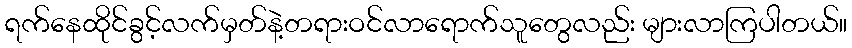
ရက်နေထိုင်ခွင့်လက်မှတ်နဲ့တရားဝင်လာရောက်သူတွေလည်း များလာကြပါတယ်။